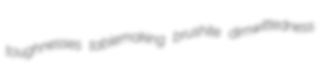
toughnesses tablemaking brushite dimwittedness